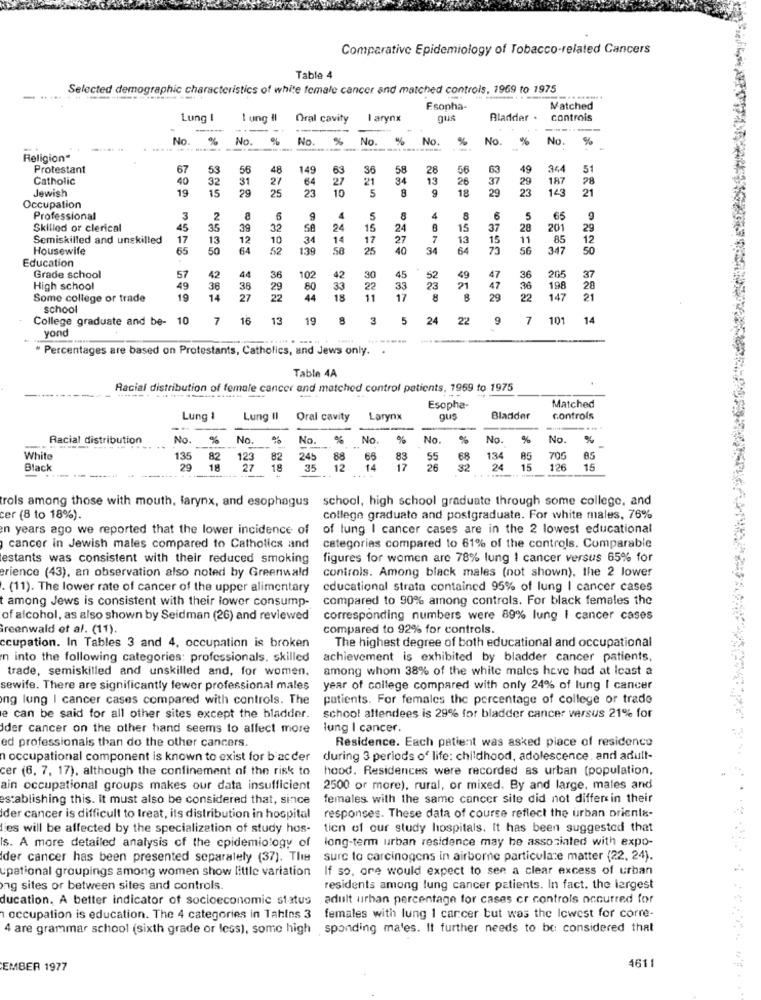
Comparative Epidemiology of Tobacco-related Cancers
Table 4
Selected demographic characteristics of white female cancer and matched controls, 1969 to 1975
---...
Esopha-
Matched
Lung I
I ung Il
Oral cavity
I arynx
Aladder .
controis
No.
No.
No.
%
No.
No.
%
No.
No.
%
Religion
Protestant
67
53
56
48
149
63
36
58
28
56
63
49
51
Catholic
40
32
31
27
64
27
21
34
13
26
37
29
187
28
Jewish
19
25
23
10
5
8
9
18
29
23
21
Occupation
Professional
3
2
a
6
9
5
8
4
8
6
5
65
9
Skilled or clerical
45
35
39
32
58
24
15
24
15
37
28
201
29
Semiskilled and unskilled
17
13
12
10
34
14
17
27
7
13
15
11
85
12
Housewife
65
64
52
139
25
40
34
64
56
347
50
Education
Grade school
57
42
44
36
102
42
30
45
52
49
47
36
265
37
High school
49
36
36
29
80
33
22
33
23
21
47
36
198
28
Some college or trade
19
14
27
22
44
18
11
17
8
8
29
22
147
21
school
College graduate and be- 10
7
16
13
19
8
3
5
24
22
9
7
101
14
yond
* Percentages are based on Protestants, Catholics, and Jews only.
Table 4A
Racial distribution of female cancer and matched control patients, 1969 to 1975
Matched
Esopha-
Lung 1
Lung Il
Oral cavity
Larynx
gus
Bladder
controls
Racial distribution
No.
%
No.
%
No.
%
No
%
No.
%
No.
%
No.
%
White
135
82
123
82
245
88
65
83
55
ER
134
70G
Black
29
18
27
18
35
12
17
26
82
24
15
126
15
trols among those with mouth, larynx, and esophagus
school, high school graduate through some college, and
cer (8 to 18%).
college graduate and postgraduate. For white males, 76%
en years ago we reported that the lower incidence of
of lung I cancer cases are in the 2 lowest educational
cancer in Jewish males compared to Catholics and
categorias compared to 61% of the controls. Comparable
estants was consistent with their reduced smoking
figures for women are 78% lung ! cancer versus 65% for
erience (43), an observation also noted by Greenwald
controls. Among black males (not shown), the 2 lower
(11). The lower rate of cancer of the upper alimentary
educational strata contained 95% of lung I cancer cases
among Jews is consistent with their lower consump-
compared to 90% among controls. For black females the
of alcohol, as also shown by Seidman (26) and reviewed
corresponding numbers were 89% lung | cancer cases
Greenwald et al. (11).
compared to 92% for controls.
ccupation. In Tables 3 and 4, occupation is broken
The highest degree of both educational and occupational
n into the following categories: professionals. skilled
achievement is exhibited by bladder cancer patients,
trade, semiskilled and unskilled and, for women.
among whom 38% of the white males heve hod at least a
sewife. There are significantly fewer professional males
year of college compared with only 24% of lung I cancer
ing lung I cancer cases compared with controls. The
patients. For females the percentage of college or trade
e can be said for all other sites except the bladder.
school attendees is 29% for bladder cancer versus 21% for
der cancer on the other hand seems to affect more
lung I cancer.
Residence. Each patient was asked place of residence
ed professionals than do the other cancers.
occupational component is known to exist for bacder
during 3 periods of life: childhood, adolescence, and adult-
cer (6, 7, 17), although the confinement of the risk to
hood. Residences were recorded as urban (population,
ain occupational groups makes our data insufficient
2500 or more), rural, or mixed. By and large, males and
establishing this. it must also be considered that, since
females with the same cancer site did not differ in their
Ider cancer is difficult to treat, its distribution in hospital
responses. These data of course reflect the urban prienla-
lies will be affected by the specialization of study hos-
tien of our study hospitals. It has been suggested that
long-term urban residence may be associated with expo-
Is. A more detailed analysis of the epidemiology of
Ider cancer has been presented separately (37). The
surc to carcinogens in airborne particulare matter (22, 24).
upational groupings among women show little variation
If so. ore would expect to see a clear excess of urban
ng sites or between sites and controls
residents among lung cancer patients. In fact. the largest
ducation, A better indicator of socioeconomic status
adult urban percentage for cases cr controls occurred for
occupation is education. The 4 categories in Tahins 3 females with lung 1 cancer but was the lowest for corre-
4 are grammar school (sixth grade or less), some high sponding ma'es. It further needs to be considered that
EMBER 1977
4611